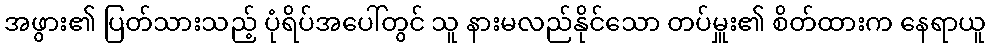
အဖွား၏ ပြတ်သားသည့် ပုံရိပ်အပေါ်တွင် သူ နားမလည်နိုင်သော တပ်မှူး၏ စိတ်ထားက နေရာယူ